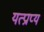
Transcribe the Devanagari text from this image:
यत्प्राप्य